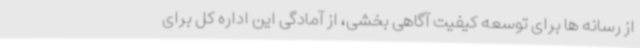
از رسانه ها برای توسعه کیفیت آگاهی بخشی، از آمادگی این اداره کل برای